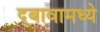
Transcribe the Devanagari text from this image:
दबावामध्ये